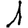
Digit: 1